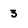
Character: 3